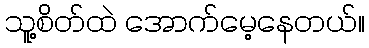
သူ့စိတ်ထဲ အောက်မေ့နေတယ်။